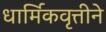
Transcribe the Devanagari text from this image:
धार्मिकवृत्तीने